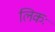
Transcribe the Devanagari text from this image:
लिकः